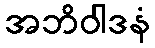
အဘိဝါဒနံ